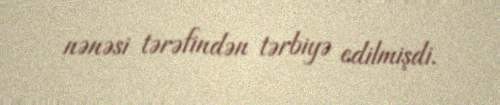
nənəsi tərəfindən tərbiyə edilmişdi.